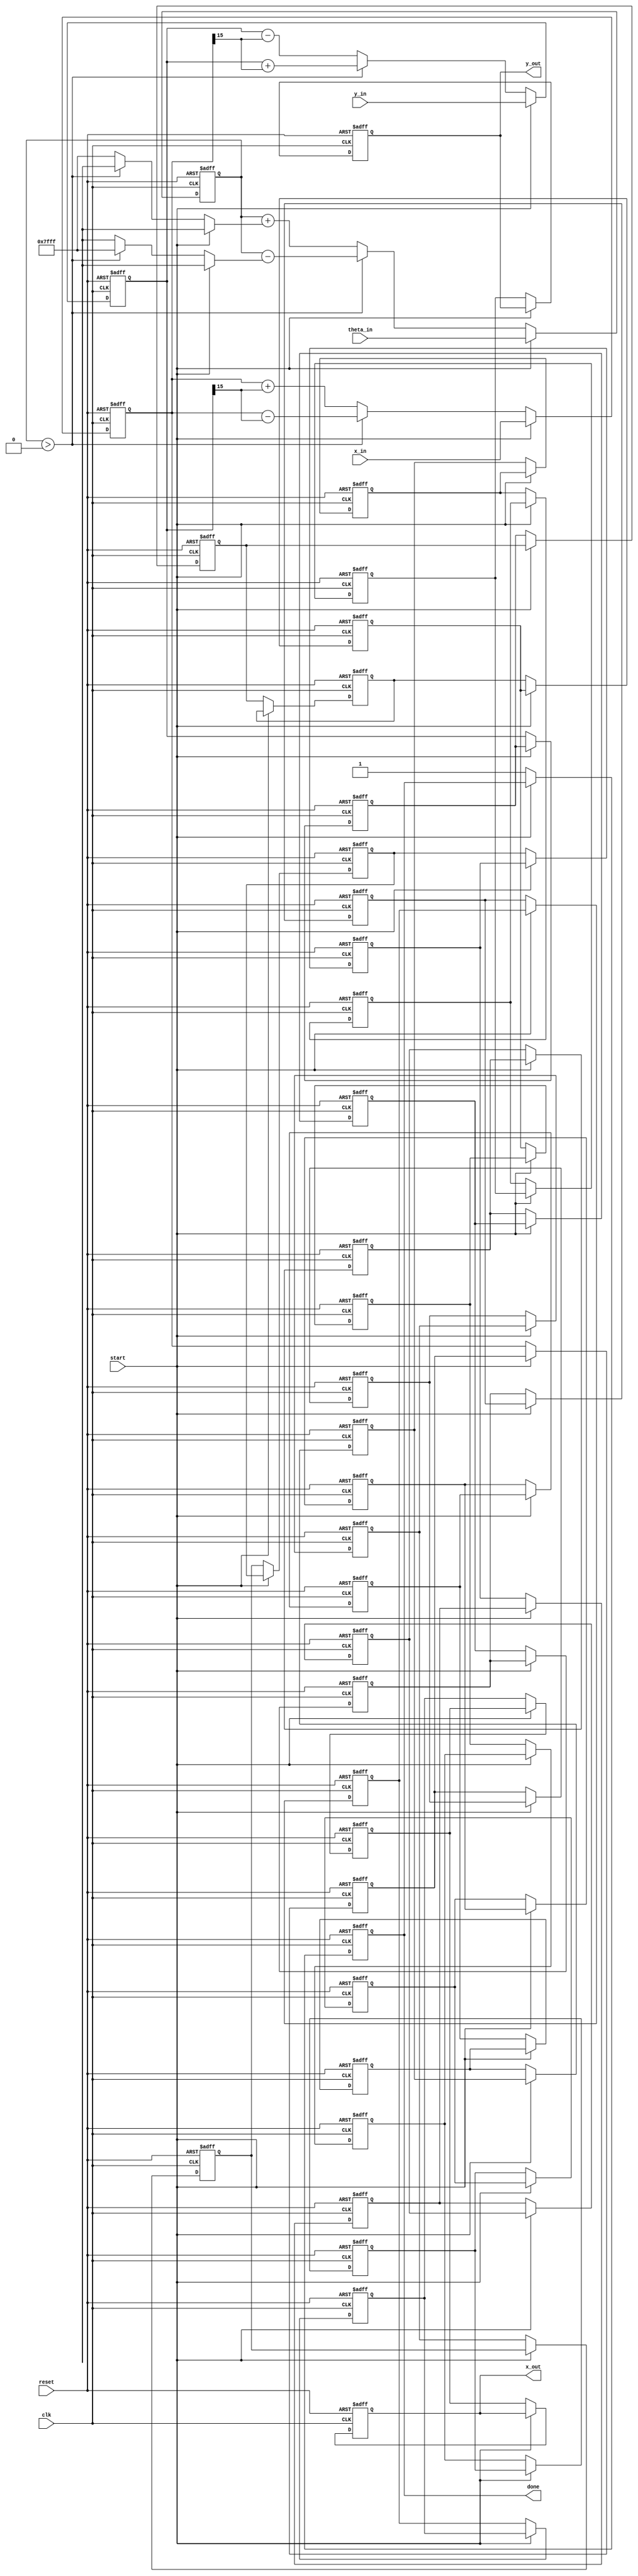
module pipeline_cordic #(
    parameter WIDTH = 16, // Bit-width for fixed-point representation
    parameter STAGES = 16 // Number of CORDIC stages
)(
    input wire clk,
    input wire reset,
    input wire start,
    input wire [WIDTH-1:0] x_in, // Input X
    input wire [WIDTH-1:0] y_in, // Input Y
    input wire [WIDTH-1:0] theta_in, // Input angle
    output reg [WIDTH-1:0] x_out, // Output X
    output reg [WIDTH-1:0] y_out, // Output Y
    output reg done // Operation done signal
);

    // CORDIC parameters
    reg [WIDTH-1:0] angle_lut [0:STAGES-1]; // Angle lookup table
    reg [WIDTH-1:0] x_reg [0:STAGES-1]; // Pipeline registers for X
    reg [WIDTH-1:0] y_reg [0:STAGES-1]; // Pipeline registers for Y
    reg [WIDTH-1:0] theta_reg [0:STAGES-1]; // Pipeline registers for theta
    reg [STAGES-1:0] direction; // Rotation direction

    integer i;

    // Initialize angle LUT (arctan(2^-i) values)
    initial begin
        angle_lut[0] = 16'h0000; // atan(1) = 0
        for (i = 1; i < STAGES; i = i + 1) begin
            angle_lut[i] = angle_lut[i-1] + (16'h0001 << (WIDTH-1-i)); // Incremental angles
        end
    end

    // Pipeline processing
    always @(posedge clk or posedge reset) begin
        if (reset) begin
            // Reset all registers
            for (i = 0; i < STAGES; i = i + 1) begin
                x_reg[i] <= 0;
                y_reg[i] <= 0;
                theta_reg[i] <= 0;
            end
            x_out <= 0;
            y_out <= 0;
            done <= 0;
            direction <= 0;
        end else if (start) begin
            // Load initial values into the first stage
            x_reg[0] <= x_in;
            y_reg[0] <= y_in;
            theta_reg[0] <= theta_in;
            direction <= theta_in[WIDTH-1]; // Determine direction from the sign bit
        end else begin
            // Pipeline processing
            for (i = 0; i < STAGES-1; i = i + 1) begin
                x_reg[i+1] <= x_reg[i];
                y_reg[i+1] <= y_reg[i];
                theta_reg[i+1] <= theta_reg[i];
            end

            // CORDIC rotation logic
            if (theta_reg[0] > 0) begin
                // Counter-clockwise rotation
                x_reg[0] <= x_reg[0] - (y_reg[0] >> i);
                y_reg[0] <= y_reg[0] + (x_reg[0] >> i);
                theta_reg[0] <= theta_reg[0] - angle_lut[i];
            end else begin
                // Clockwise rotation
                x_reg[0] <= x_reg[0] + (y_reg[0] >> i);
                y_reg[0] <= y_reg[0] - (x_reg[0] >> i);
                theta_reg[0] <= theta_reg[0] + angle_lut[i];
            end

            // Final stage output
            if (i == STAGES-1) begin
                x_out <= x_reg[STAGES-1];
                y_out <= y_reg[STAGES-1];
                done <= 1;
            end
        end
    end
endmodule